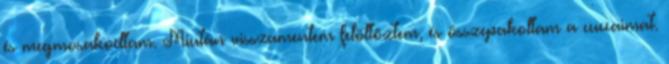
és megmosakodtam. Miután visszamentem felöltöztem, és összepakoltam a cuccaimat.